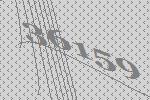
36159